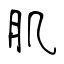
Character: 肌